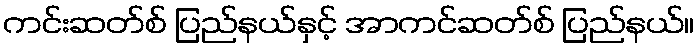
ကင်းဆတ်စ် ပြည်နယ်နှင့် အာကင်ဆတ်စ် ပြည်နယ်။